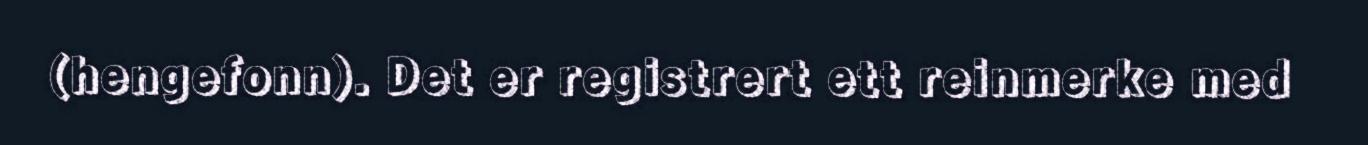
(hengefonn). Det er registrert ett reinmerke med